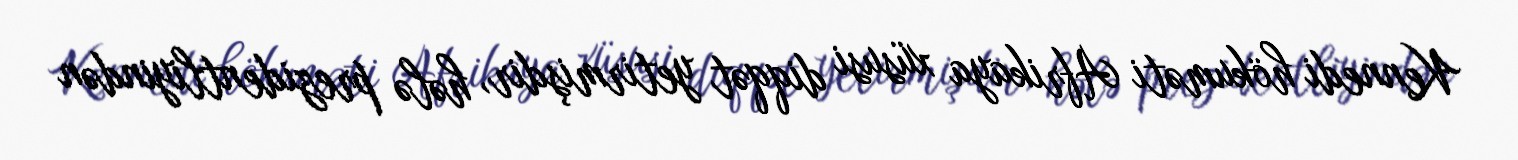
Kennedi hökuməti Afrikaya xüsusi diqqət yetirmişdir, hələ prezidentliyindən